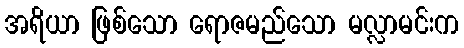
အရိယာ ဖြစ်သော ရောဇမည်သော မလ္လာမင်းက